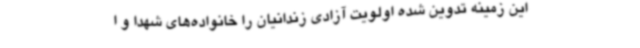
این زمینه تدوین شده اولویت آزادی زندانیان را خانواده‌های شهدا و ا